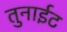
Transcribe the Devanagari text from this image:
तुनाईट